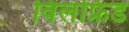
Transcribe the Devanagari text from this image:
विलफ्रिड